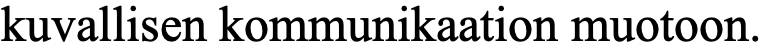
kuvallisen kommunikaation muotoon.